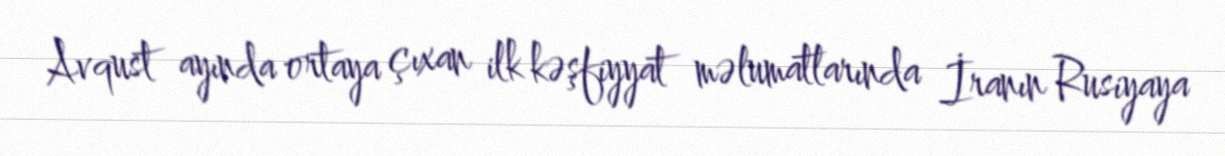
Avqust ayında ortaya çıxan ilk kəşfiyyat məlumatlarında İranın Rusiyaya